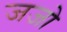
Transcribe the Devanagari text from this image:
जजो